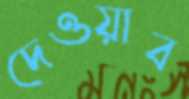
দেওয়াব